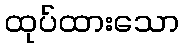
ထုပ်ထားသော